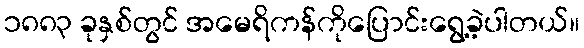
၁၈၈၃ ခုနှစ်တွင် အမေရိကန်ကိုပြောင်းရွေ့ခဲ့ပါတယ်။